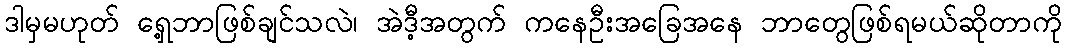
ဒါမှမဟုတ် ရှေ့ဘာဖြစ်ချင်သလဲ၊ အဲဒီ့အတွက် ကနေဦးအခြေအနေ ဘာတွေဖြစ်ရမယ်ဆိုတာကို